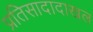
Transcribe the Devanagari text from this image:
प्रतिसादादाखल